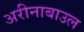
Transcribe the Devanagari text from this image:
अरीनाबाउल